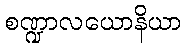
စဏ္ဍာလယောနိယာ